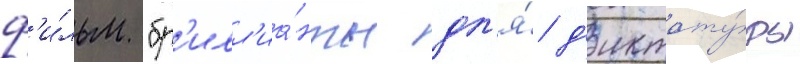
ф'и́льм "бр'илл'иа́нты дл'я́ д'иктату́ры